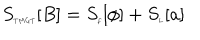
S _ { \tiny T M G T } [ B ] = S _ { \tiny f } [ \phi ] + S _ { \tiny L } [ a ]